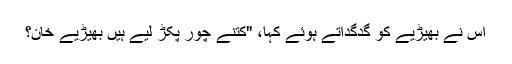
اس نے بھیڑیے کو گدگداتے ہوئے کہا، "کتنے چور پکڑ لیے ہیں بھیڑیے خان؟